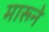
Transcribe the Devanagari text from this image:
मारूने